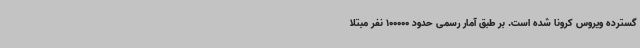
گسترده ویروس کرونا شده است. بر طبق آمار رسمی حدود 100000 نفر مبتلا